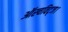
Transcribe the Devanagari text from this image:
ऑस्चविट्ज।